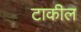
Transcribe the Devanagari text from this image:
टाकील